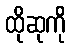
ထိုဆုကို